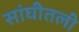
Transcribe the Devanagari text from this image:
सांघीतली